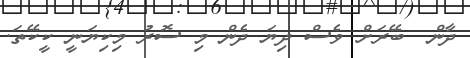
ދާން  ބޭރަށް ވެސް ދިޔަ ދެން މި ސޮރު މިކިޔަނީ ކީކޭތަ.